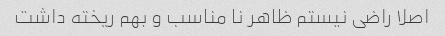
اصلا راضی نیستم ظاهر نا مناسب و بهم ریخته داشت